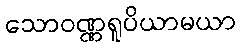
သောဝဏ္ဏရူပိယာမယာ